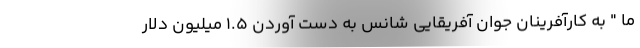
ما " به کارآفرینان جوان آفریقایی شانس به دست آوردن 1.5 میلیون دلار